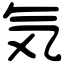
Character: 気